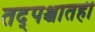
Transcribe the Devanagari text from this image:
तद्पश्चातही